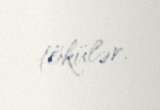
tökülər.